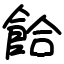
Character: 餄